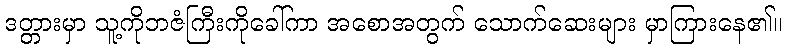
ဒတ္တားမှာ သူ့ကိုဘဇံကြီးကိုခေါ်ကာ အစောအတွက် သောက်ဆေးများ မှာကြားနေ၏။